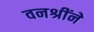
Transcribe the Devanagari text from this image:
वनश्रींने